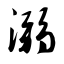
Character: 溺